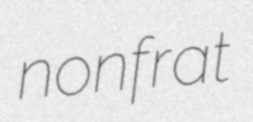
nonfrat